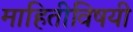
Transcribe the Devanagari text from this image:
माहितीविषयी